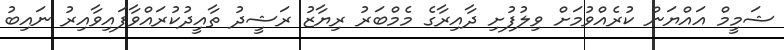
ޝަމީމް އައްޔަން ކުރެއްވުމަށް ވިލުފުށި ދާއިރާގެ މެމްބަރު ރިޔާޒު ރަޝީދު ތާއީދުކުރައްވާފައިވާއިރު ނައިބު